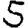
Digit: 5